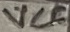
Text: VCC